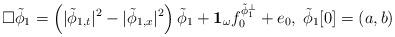
LaTeX: \begin{align*} \Box \tilde \phi_1= \left(|\tilde \phi_{1, t}|^2- |\tilde \phi_{1, x}|^2\right) \tilde \phi_{1}+ \mathbf{1}_{\omega} f_{0}^{\tilde \phi^{\perp}_1}+ e_0, \; \tilde \phi_1[0]= (a, b)\end{align*}